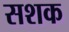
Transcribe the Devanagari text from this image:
सशक